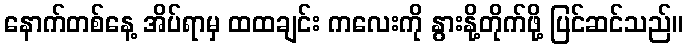
နောက်တစ်နေ့ အိပ်ရာမှ ထထချင်း ကလေးကို နွားနို့တိုက်ဖို့ ပြင်ဆင်သည်။